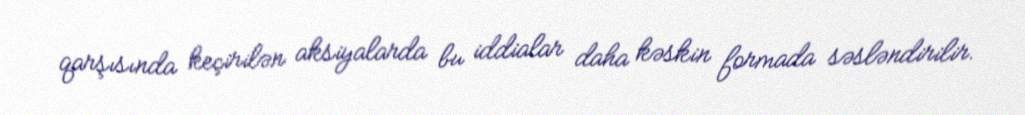
qarşısında keçirilən aksiyalarda bu iddialar daha kəskin formada səsləndirilir.